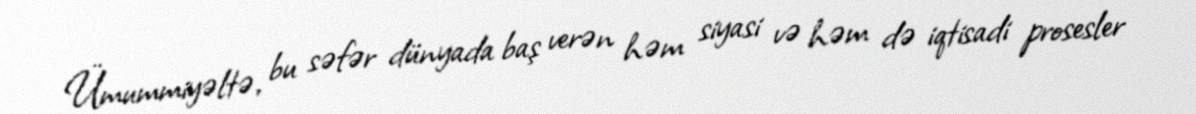
Ümummiyəltə, bu səfər dünyada baş verən həm siyasi və həm də iqtisadi prosesler